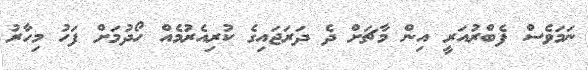
ނަމަވެސް ފެބްރުއަރީ އިން މާޗަށް ދެ ދަރަޖައިގެ ކުރިއެރުމެއް ހޯދުމަށް ފަހު މިހާރު